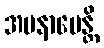
အပနာမေန္တိ